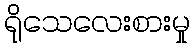
ရိုသေလေးစားမှု